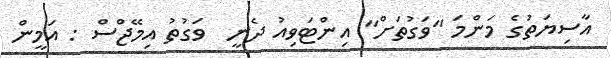
އާސިޔަތުގެ މަންމަ "ވަގުތަށް" އިންޓަވިއު ދެނީ  ވަގުތު އިމޭޖްސް : އަމީން